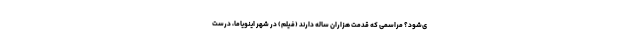
ی‌شود؟ مراسمی که قدمت هزاران ساله دارند (فیلم) در شهر اینویاما، درست